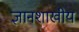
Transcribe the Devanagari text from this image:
ज्ञानशाखीय